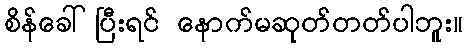
စိန်ခေါ်ပြီးရင် နောက်မဆုတ်တတ်ပါဘူး။